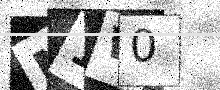
Text: N1W0